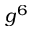
g ^ { 6 }